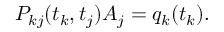
P _ { k j } ( t _ { k } , t _ { j } ) A _ { j } = q _ { k } ( t _ { k } ) .